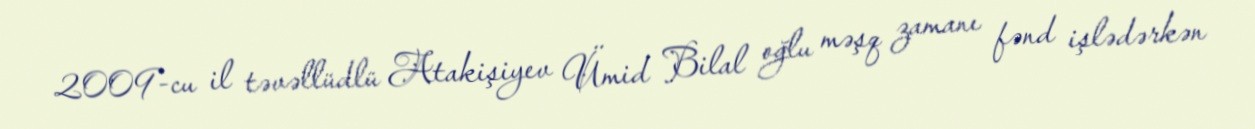
2009-cu il təvəllüdlü Atakişiyev Ümid Bilal oğlu məşq zamanı fənd işlədərkən